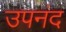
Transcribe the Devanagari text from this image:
उपनंद